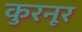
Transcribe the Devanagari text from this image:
कुरनूर